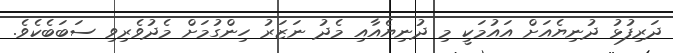
ދަރިފުޅު ދުނިޔެއަށް އައުމަކީ މި ދުނިޔެއާއި މެދު ނަޒަރު ހިންގުމަށް މެދުވެރިވި ސަބަބެކެވެ.